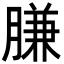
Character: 膁